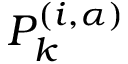
P _ { k } ^ { ( i , \alpha ) }